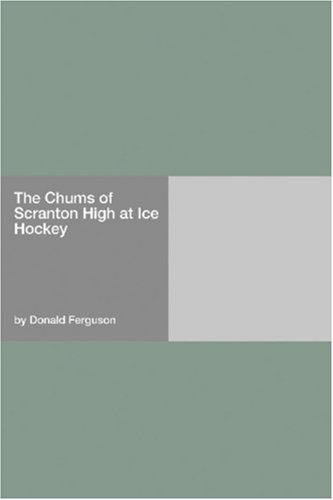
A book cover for The Chums of Scranton High at Ice Hockey; Donald Ferguson; Humor & Entertainment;